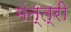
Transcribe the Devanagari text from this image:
मंत्त्री